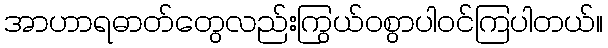
အာဟာရဓာတ်တွေလည်းကြွယ်ဝစွာပါဝင်ကြပါတယ်။